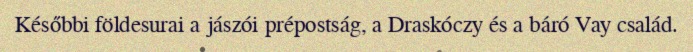
Későbbi földesurai a jászói prépostság, a Draskóczy és a báró Vay család.